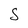
Character: S